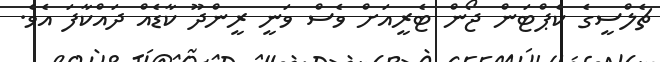
ޗެލްސީގެ ކެޕްޓަން ޖޯން ޓެރީއަށް ވެސް ވަނީ ރީންދޫ ކާޑެއް ދައްކާފަ އެވެ.